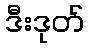
ဒီးဒုတ်